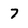
Character: 7